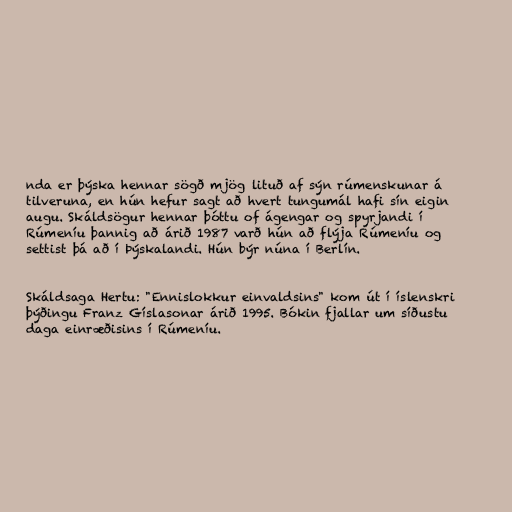
nda er þýska hennar sögð mjög lituð af sýn rúmenskunar á
tilveruna, en hún hefur sagt að hvert tungumál hafi sín eigin
augu. Skáldsögur hennar þóttu of ágengar og spyrjandi í
Rúmeníu þannig að árið 1987 varð hún að flýja Rúmeníu og
settist þá að í Þýskalandi. Hún býr núna í Berlín.

Skáldsaga Hertu: "Ennislokkur einvaldsins" kom út í íslenskri
þýðingu Franz Gíslasonar árið 1995. Bókin fjallar um síðustu
daga einræðisins í Rúmeníu.